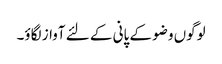
لوگوں وضو کے پانی کے لئے آواز لگاؤ۔